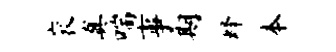
衮真喘事期蜂本